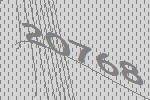
20768